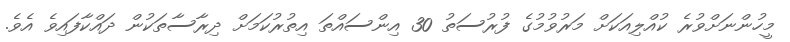
މީހުންނަށްވުރެ ކުއްލިއަކަށް މަރުވުމުގެ ފުރުސަތު 30 އިންސައްތަ އިތުރުކަމަށް ދިރާސާތަކުން ދައްކާފައިވެ އެވެ.